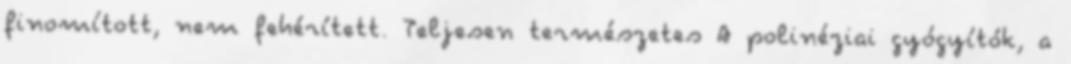
finomított, nem fehérített. Teljesen természetes A polinéziai gyógyítók, a